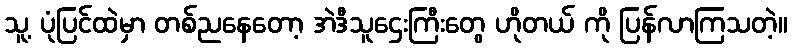
သူ့ ပုံပြင်ထဲမှာ တစ်ညနေတော့ အဲဒီသူဌေးကြီးတွေ ဟိုတယ် ကို ပြန်လာကြသတဲ့။